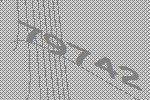
79742